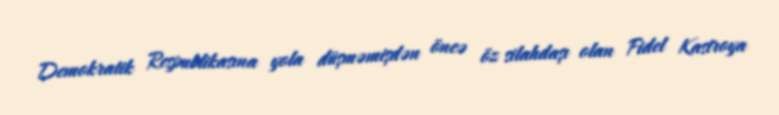
Demokratik Respublikasına yola düşməmişdən öncə öz silahdaşı olan Fidel Kastroya